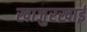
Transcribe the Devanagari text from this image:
खाजुरखाई